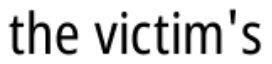
the victim's